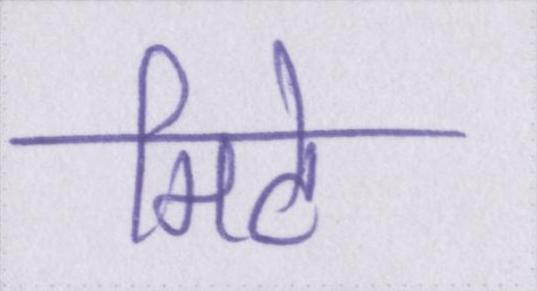
मिटे